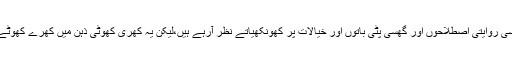
اجمل کمال کے یہ جوابات بہت سی روایتی اصطلاحوں اور گھسی پٹی باتوں اور خیالات پر کھونکھیاتے نظر آرہے ہیں،لیکن یہ کھری کھوٹی ذہن میں کھرے کھوٹے کا فرق بھی واضح کررہی ہے۔